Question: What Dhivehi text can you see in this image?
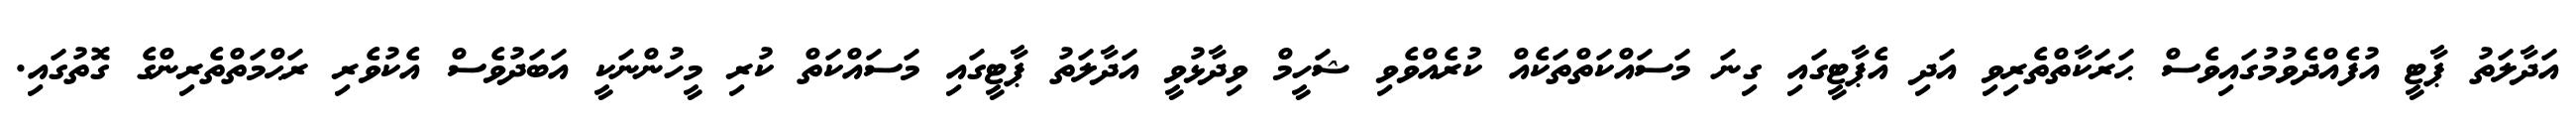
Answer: އަދާލަތު ޕާޓީ އުފެއްދެވުމުގައިވެސް ޙަރަކާތްތެރިވި އަދި އެޕާޓީގައި ގިނަ މަސައްކަތްތަކެއް ކުރެއްވެވި ޝަހީމް ވިދާޅުވީ އަދާލަތު ޕާޓީގައި މަސައްކަތް ކުރި މީހުންނަކީ އަބަދުވެސް އެކުވެރި ރަޙްމަތްތެރިންގެ ގޮތުގައި.